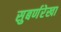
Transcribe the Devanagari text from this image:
सुबर्णरेखा